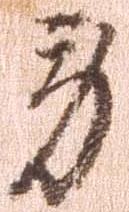
労